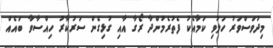
މިދުވަސްވަރު ހަލުވި ކަމާއެކު ފެތުރެމުންދާ ރޯގާ އާއި ގުޅިގެން ސަރުކާރު ހިއްސާވާ ބައެއް